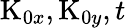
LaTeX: \textrm{K}_{0x},\textrm{K}_{0y},t